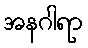
အနဂါရာ